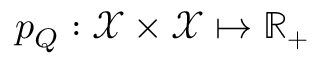
p _ { Q } : \mathcal X \times \mathcal X \mapsto \mathbb R _ { + }